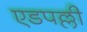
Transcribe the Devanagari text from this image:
एडपल्ली